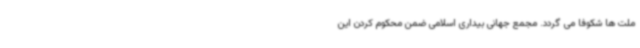
ملت ها شکوفا می گردد. مجمع جهانی بیداری اسلامی ضمن محکوم کردن این